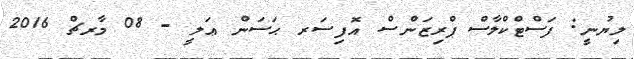
ލިޔުނީ: ފަސްޓްކްލާސް ޕްރިޒަންސް އޮފިސަރ ޙަސަން ޢަލީ - 08 މާރޗް 2016